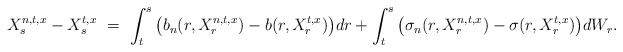
\begin{align*}X_s^{n,t,x} - X_s^{t,x} \ = \ \int_t^s \big(b_n(r,X_r^{n,t,x}) - b(r,X_r^{t,x})\big) dr + \int_t^s \big(\sigma_n(r,X_r^{n,t,x}) - \sigma(r,X_r^{t,x})\big) dW_r.\end{align*}